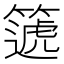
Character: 𥳠